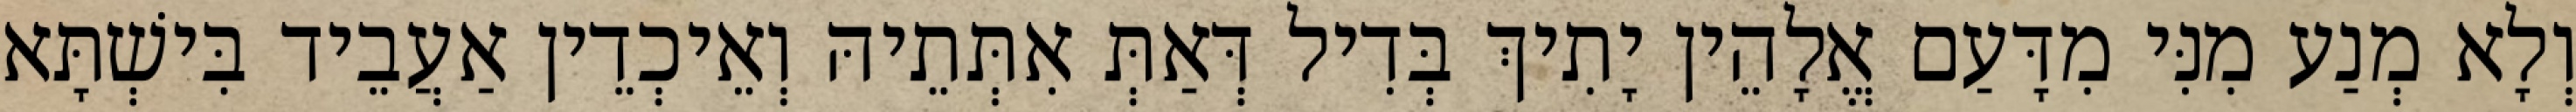
וְלָא מְנַע מִנִּי מִדָּעַם אֱלָהֵין יָתִיךְ בְּדִיל דְּאַתְּ אִתְּתֵיהּ וְאֵיכְדֵין אַעֲבֵיד בִּישְׁתָּא